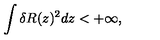
\int \delta R ( z ) ^ { 2 } d z < + \infty ,